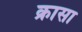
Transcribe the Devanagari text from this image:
क्रासा